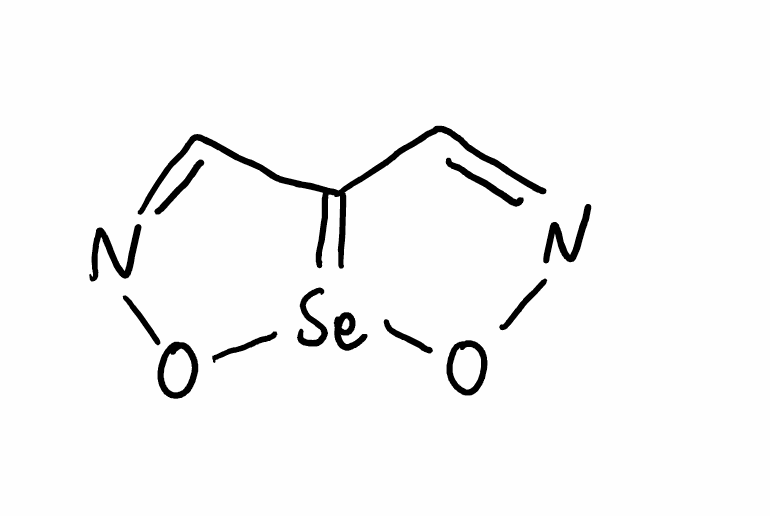
Simplified molecular-input line-entry system (SMILES) notation of the given molecule:
C1=NO[Se]2=C1C=NO2